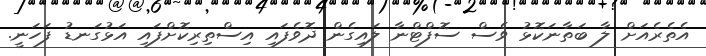
އެތެރެއަށް ލާ ބަތާނަކޮޅު ވެސް ސޮފްޓްނާ ލައިގެން ދޮވެފައި އިސްތިރިކޮށްފައި އަޅުގަނޑު ފަހަނީ.